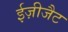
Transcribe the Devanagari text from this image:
ईज़ीजैट